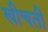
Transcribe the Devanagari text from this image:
खीचती